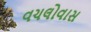
વચલોવાસ